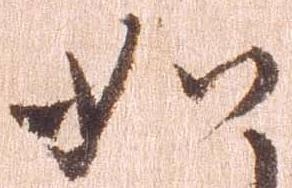
如